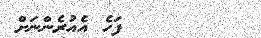
١٣        ފަހެ އެއުރެންނަށް